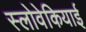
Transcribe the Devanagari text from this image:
स्लोवेकियाई